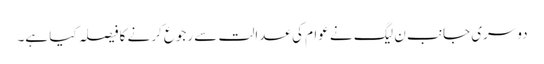
دوسری جانب ن لیگ نے عوام کی عدالت سے رجوع کرنے کا فیصلہ کیا ہے۔